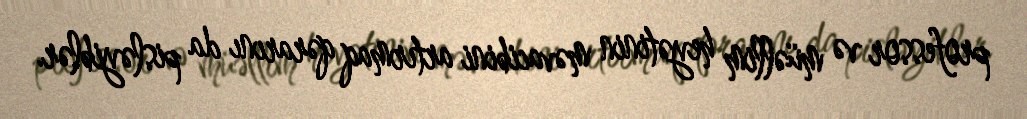
professor və müəllim heyətinin məvacibini artırmaq qərarını da pisləyiblər.